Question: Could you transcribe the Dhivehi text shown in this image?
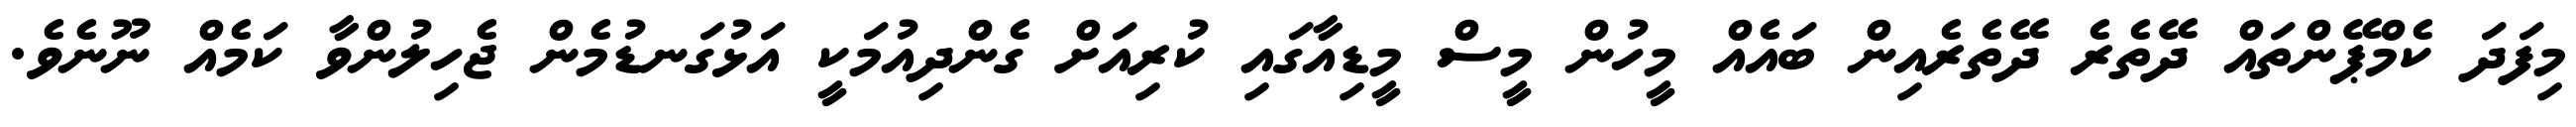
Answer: މިފަދަ ކެމްޕޭންތައް ދޭތެރެ ދޭތެރެއިން ބައެއް މީހުން މީސް މީޑިއާގައި ކުރިއަށް ގެންދިއުމަކީ އަޅުގަނޑުމެން ޖެހިލުންވާ ކަމެއް ނޫނެވެ.